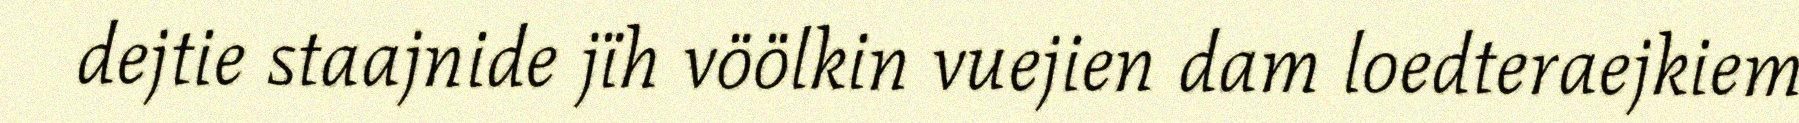
dejtie staajnide jïh vöölkin vuejien dam loedteraejkiem